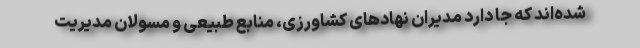
شده‌اند که جا دارد مدیران نهادهای کشاورزی، منابع طبیعی و مسولان مدیریت